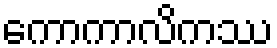
ကောကာလိကဿ